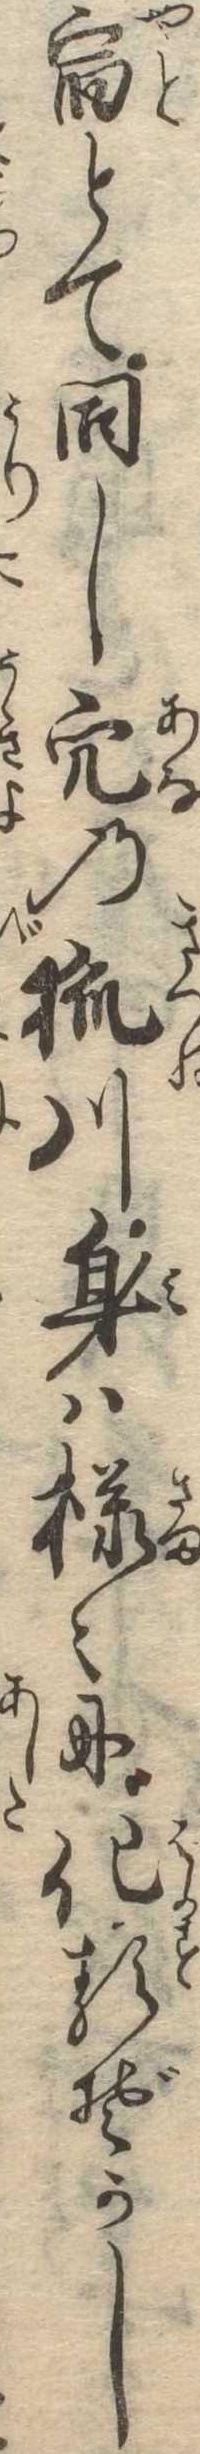
宿とて同し穴の狐川身は様〻に化るぞかし